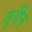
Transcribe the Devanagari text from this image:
तूरीन